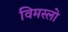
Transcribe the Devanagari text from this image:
विमस्लो